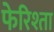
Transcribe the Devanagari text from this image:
फेरिश्ता